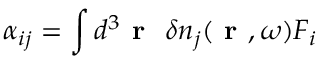
\alpha _ { i j } = \int d ^ { 3 } \textbf { r } ~ \delta n _ { j } ( \textbf { r } , \omega ) F _ { i }